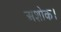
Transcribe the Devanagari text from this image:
अशोक।